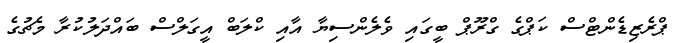
ޕްރެޒިޑެންޓްސް ކަޕްގެ ގްރޫޕް ބީގައި ވެލެންސިޔާ އާއި ކްލަބް އީގަލްސް ބައްދަލުކުރާ މެޗުގެ